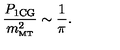
\frac { P _ { \mathrm { 1 C G } } } { m _ { \mathrm { \scriptscriptstyle { M T } } } ^ { 2 } } \sim \frac { 1 } { \pi } .